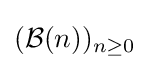
({\mathcal {B}}(n))_{n\geq 0}